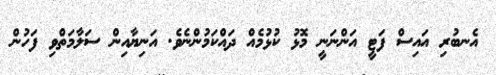
އެނބުރި އައިސް ފަޓީ އަންނަނީ މޮޅު ކުޅުމެއް ދައްކަމުންނެވެ. އަނިޔާއިން ސަލާމަތްވި ފަހުން